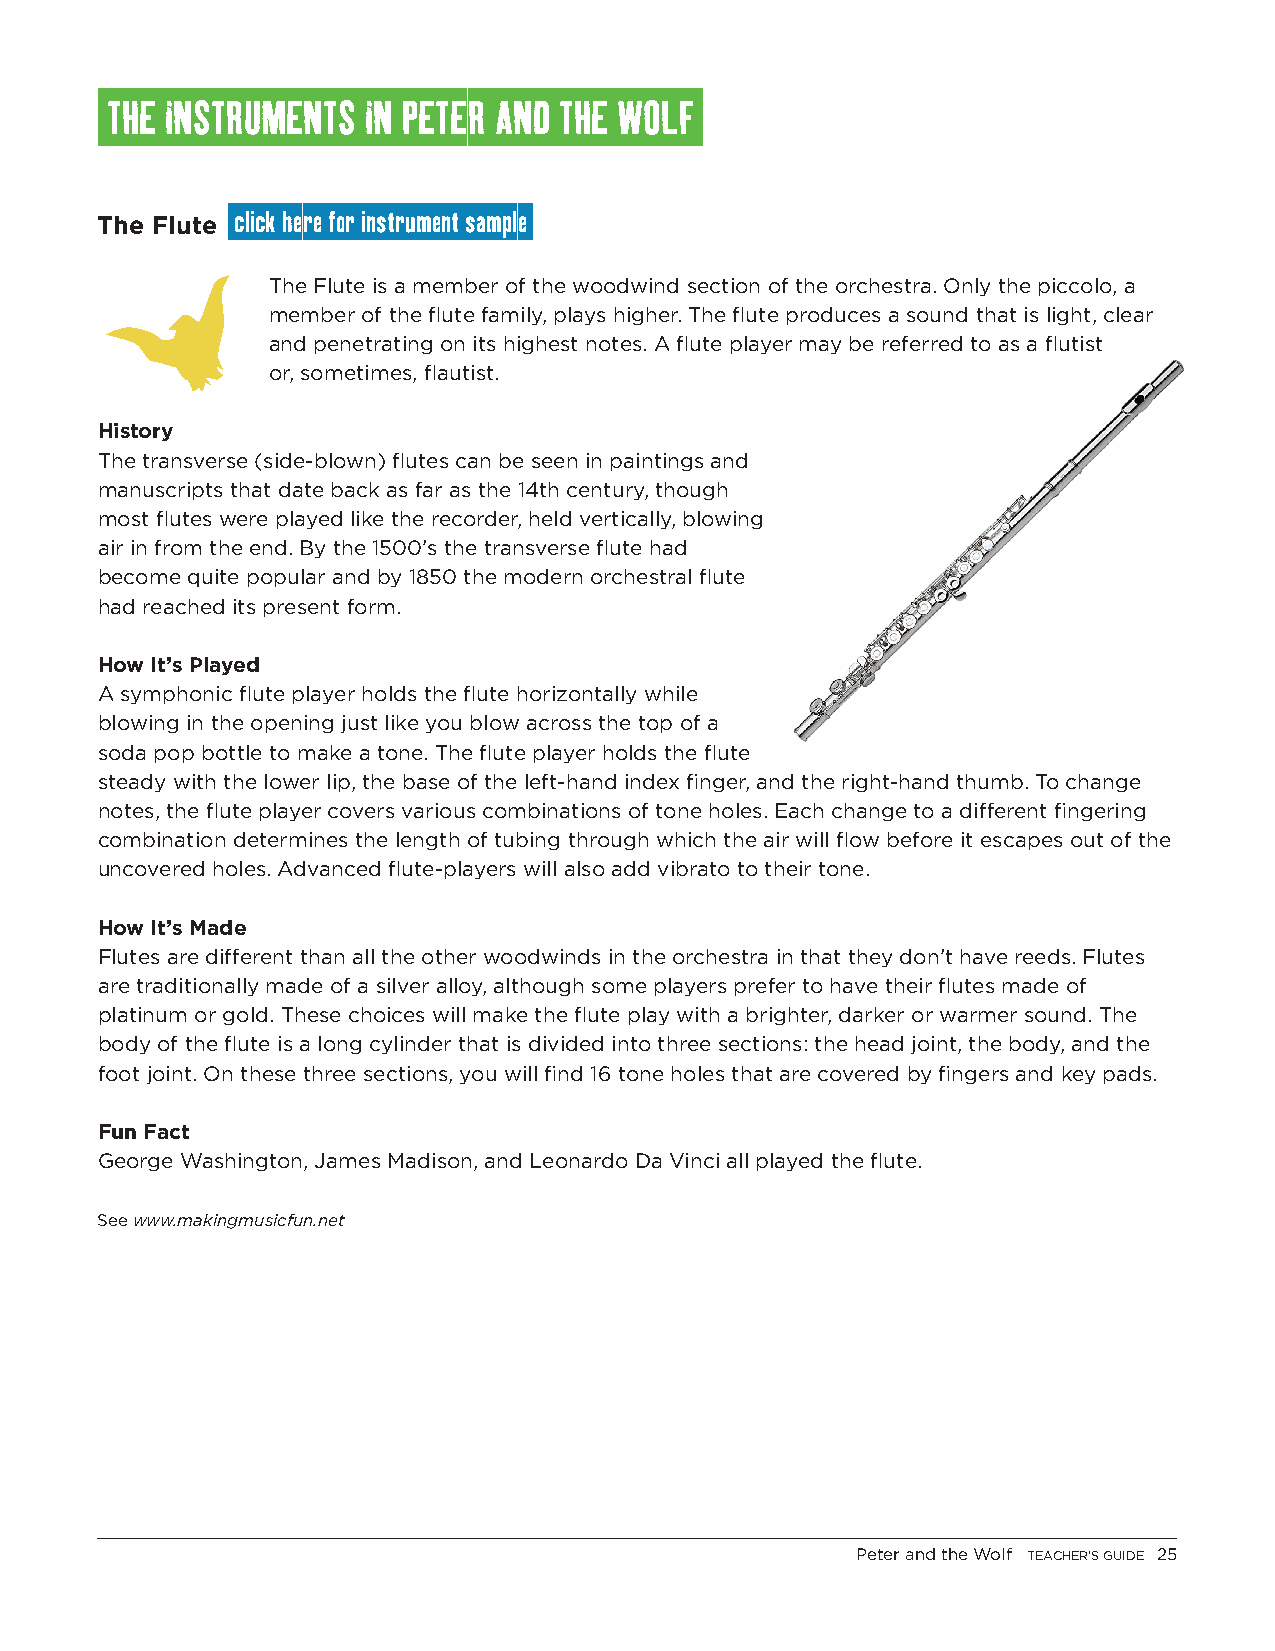
THE INSTRUMENTS  IN PETER AND THE WOLF
 The Flute click here for instrument sample
 The Flute is a member of the woodwind section of the orchestra. Only the piccolo, a
 member of the flute family, plays higher. The flute produces a sound that is light, clear
 and penetrating on its highest notes. A flute player may be referred to as a flutist
 or, sometimes, flautist.
 History
 The transverse (side-blown) flutes can be seen in paintings and
 manuscripts that date back as far as the 14th century, though
 most flutes were played like the recorder, held vertically, blowing
 air in from the end. By the 1500’s the transverse flute had
 become quite popular and by 1850 the modern orchestral flute
 had reached its present form.
 How It’s Played
 A symphonic flute player holds the flute horizontally while
 blowing in the opening just like you blow across the top of a
 soda pop bottle to make a tone. The flute player holds the flute
 steady with the lower lip, the base of the left-hand index finger, and the right-hand thumb. To change
 notes, the flute player covers various combinations of tone holes. Each change to a different fingering
 combination determines the length of tubing through which the air will flow before it escapes out of the
 uncovered holes. Advanced flute-players will also add vibrato to their tone.
 How It’s Made
 Flutes are different than all the other woodwinds in the orchestra in that they don’t have reeds. Flutes
 are traditionally made of a silver alloy, although some players prefer to have their flutes made of
 platinum or gold. These choices will make the flute play with a brighter, darker or warmer sound. The
 body of the flute is a long cylinder that is divided into three sections: the head joint, the body, and the
 foot joint. On these three sections, you will find 16 tone holes that are covered by fingers and key pads.
 Fun Fact
 George Washington, James Madison, and Leonardo Da Vinci all played the flute.
 See www.makingmusicfun.net
 Peter and the Wolf TEACHER’S GUIDE 25